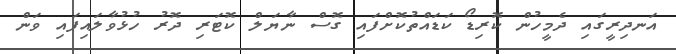
އަނދިރީގައި ދެމީހުން ކޮރިޑޯ ކަޑައްތުކޮށްފައި ގޮސް ނާޔަލް ކޮޓަރި ދޮރު ހުޅުވާލައިފައި ވަން